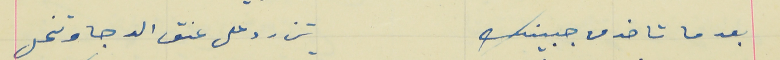
بعد ما تاخد من جبينك                                                تزرد على عنق الدجا وتنحل